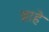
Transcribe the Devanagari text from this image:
व्राहे